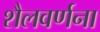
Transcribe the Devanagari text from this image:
शैलवर्णना